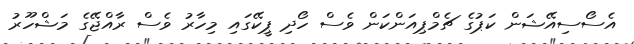
އެސޯސިއޭޝަން ކަޕުގެ ޗެމްޕިއަންކަން ވެސް ހޯދި ޕީކޭގައި މިހާރު ވެސް ރާއްޖޭގެ މަޝްހޫރު